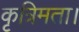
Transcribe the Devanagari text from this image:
कृत्रिमता।